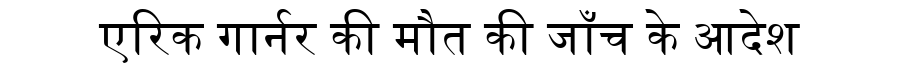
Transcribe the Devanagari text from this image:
एरिक गार्नर की मौत की जाँच के आदेश